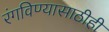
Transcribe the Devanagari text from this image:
रंगविण्यासाठीही